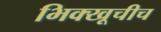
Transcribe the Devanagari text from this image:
भिक्खूचीच